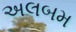
અલબમ